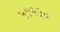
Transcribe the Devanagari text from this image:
५९२३०